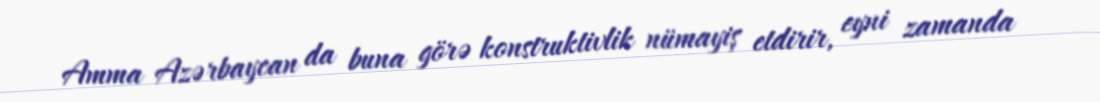
Amma Azərbaycan da buna görə konstruktivlik nümayiş etdirir, eyni zamanda